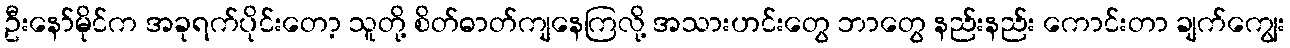
ဦးနော်မိုင်က အခုရက်ပိုင်းတော့ သူတို့ စိတ်ဓာတ်ကျနေကြလို့ အသားဟင်းတွေ ဘာတွေ နည်းနည်း ကောင်းတာ ချက်ကျွေး